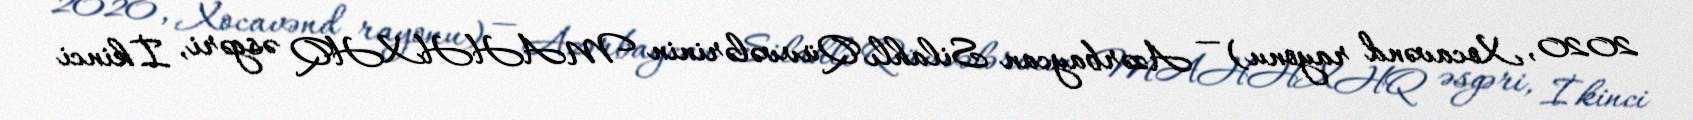
2020, Xocavənd rayonu) — Azərbaycan Silahlı Qüvvələrinin MAHHXHQ əsgəri, İkinci